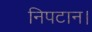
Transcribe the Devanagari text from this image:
निपटान।